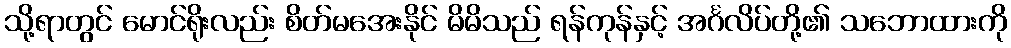
သို့ရာတွင် မောင်ရိုးလည်း စိတ်မအေးနိုင် မိမိသည် ရန်ကုန်နှင့် အင်္ဂလိပ်တို့၏ သဘောထားကို